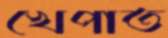
খেপাত